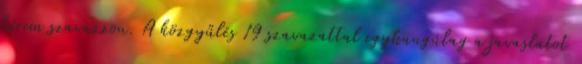
kérem szavazzon. A közgyűlés 19 szavazattal egyhangúlag a javaslatot